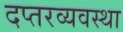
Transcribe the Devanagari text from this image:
दप्तरव्यवस्था